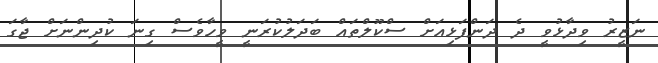
ނަޒީރު ވިދާޅުވީ ދެ ދަންފަޅިއަށް ސްކޫލްތައް ބަދަލުކުރަނީ ވީހާވެސް ގިނަ ކުދިންނަށް ޖާގަ